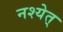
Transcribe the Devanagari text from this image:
नश्येत्